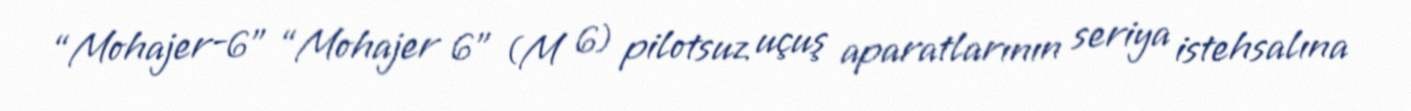
“Mohajer-6” “Mohajer 6” (M 6) pilotsuz uçuş aparatlarının seriya istehsalına